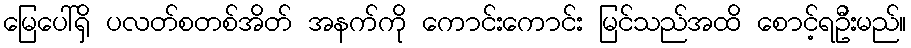
မြေပေါ်ရှိ ပလတ်စတစ်အိတ် အနက်ကို ကောင်းကောင်း မြင်သည်အထိ စောင့်ရဦးမည်။